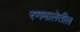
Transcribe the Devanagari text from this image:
रणमालेतील